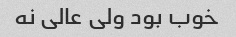
خوب بود ولی عالی نه